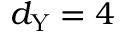
d _ { \mathrm { Y } } = 4